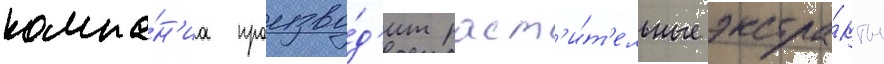
компа́н'иа произво́д'ит раст'и́т'ельные экстра́кты